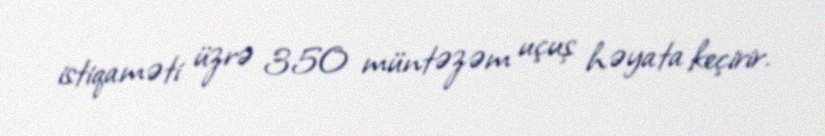
istiqaməti üzrə 350 müntəzəm uçuş həyata keçirir.